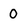
Character: 0